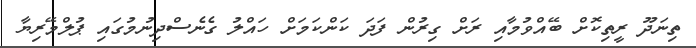
ތިނަދޫ ރީތިކޮށް ބޭއްވުމާއި ރަށް ގިރުން ފަދަ ކަންކަމަށް ހައްލު ގެނެސްދިނުމުގައި ޕުލްމޭރިޔާ